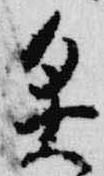
灸